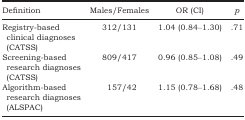
<table><thead><tr><td><b>Definition</b></td><td><b>Males/Females</b></td><td><b>OR (CI)</b></td><td><b><i>p</i></b></td></tr></thead><tbody><tr><td>Registry‐based clinical diagnoses (CATSS)</td><td>312/131</td><td>1.04 (0.84–1.30)</td><td>.71</td></tr><tr><td>Screening‐based research diagnoses (CATSS)</td><td>809/417</td><td>0.96 (0.85–1.08)</td><td>.49</td></tr><tr><td>Algorithm‐based research diagnoses (ALSPAC)</td><td>157/42</td><td>1.15 (0.78–1.68)</td><td>.48</td></tr></tbody></table>